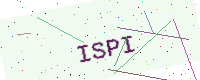
Text: ISPI